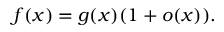
f ( x ) = g ( x ) ( 1 + o ( x ) ) .